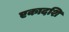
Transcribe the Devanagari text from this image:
एकादशि